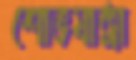
শোভযাত্রা